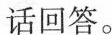
的话回答。